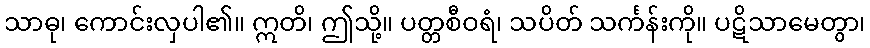
သာဓု၊ ကောင်းလှပါ၏။ ဣတိ၊ ဤသို့။ ပတ္တစီဝရံ၊ သပိတ် သင်္ကန်းကို။ ပဋိသာမေတွာ၊